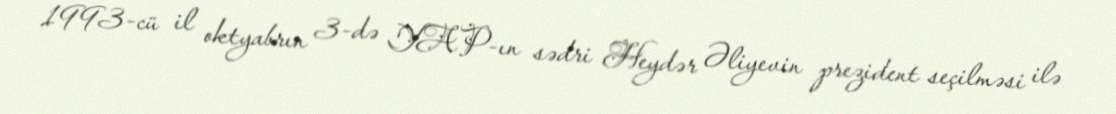
1993-cü il oktyabrın 3-də YAP-ın sədri Heydər Əliyevin prezident seçilməsi ilə